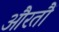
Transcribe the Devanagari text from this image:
औरतौं